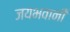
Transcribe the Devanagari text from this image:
जयभवानी